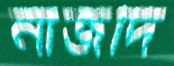
নাজদি